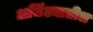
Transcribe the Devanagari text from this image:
अजिंठ्यातील